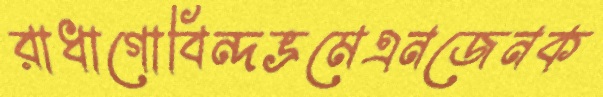
রাধাগোবিন্দভ্রমেএনজেনক